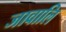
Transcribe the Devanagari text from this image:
जावालि